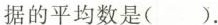
据的平均数是()。